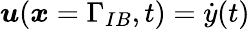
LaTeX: \boldsymbol{u}(\boldsymbol{x}=\Gamma_{IB},t)=\dot{y}(t)